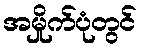
အမှိုက်ပုံတွင်